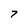
Character: 7